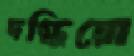
দগ্ধিয়ো